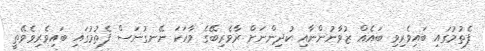
ފެތުމުގައި ބައިވެރިވި ބައެއް ޒުވާނުންނާއި ކުދިންނަށް ރާވެރިބޭގެ ވާހަކަ ނޭނގުނަސް ފެތުމުގައި ބައިވެރިވެވޭތީ